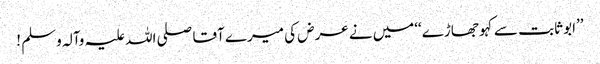
’’ابو ثابت سے کہو جھاڑے‘‘میں نے عرض کی میرے آقا صلی اللہ علیہ وآلہ وسلم !